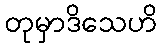
တုမှာဒိသေဟိ